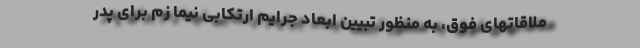
ملاقاتهای فوق، به منظور تبیین ابعاد جرایم ارتکابی نیما زم برای پدر